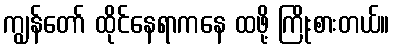
ကျွန်တော် ထိုင်နေရာကနေ ထဖို့ ကြိုးစားတယ်။